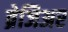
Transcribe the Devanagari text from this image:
ब्रेजिअर